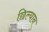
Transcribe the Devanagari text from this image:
छिल्यान